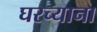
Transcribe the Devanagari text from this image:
घरच्याना